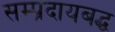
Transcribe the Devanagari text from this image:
सम्प्रदायबद्ध